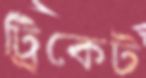
ট্রিকেট